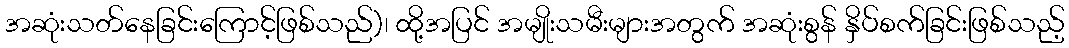
အဆုံးသတ်နေခြင်းကြောင့်ဖြစ်သည်)၊ ထို့အပြင် အမျိုးသမီးများအတွက် အဆုံးစွန် နှိပ်စက်ခြင်းဖြစ်သည့်